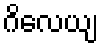
ဂိလေယျ